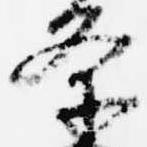
条